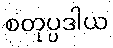
စတုပ္ပဒါယ